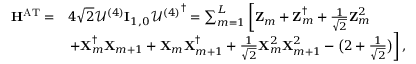
\begin{array} { r l } { \mathbf { H } ^ { \mathrm { A T } } = } & { 4 \sqrt { 2 } \mathcal { U } ^ { ( 4 ) } \mathbf { I } _ { 1 , 0 } { \mathcal { U } ^ { ( 4 ) } } ^ { \dag } = \sum _ { m = 1 } ^ { L } \left[ \mathbf { Z } _ { m } + \mathbf { Z } _ { m } ^ { \dag } + \frac { 1 } { \sqrt { 2 } } \mathbf { Z } _ { m } ^ { 2 } \right. } \\ & { \left. + \mathbf { X } _ { m } ^ { \dag } \mathbf { X } _ { m + 1 } + \mathbf { X } _ { m } \mathbf { X } _ { m + 1 } ^ { \dag } + \frac { 1 } { \sqrt { 2 } } \mathbf { X } _ { m } ^ { 2 } \mathbf { X } _ { m + 1 } ^ { 2 } - \big ( 2 + \frac { 1 } { \sqrt { 2 } } \big ) \right] , } \end{array}